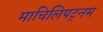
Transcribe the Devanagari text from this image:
माचिलिपट्नम